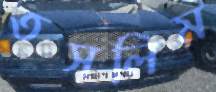
তসলিম